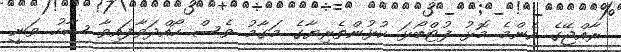
ރާއްޖޭގެ އެންމެ މޮޅު ފުޓްބޯޅަ ކުޅުންތެރިޔާގެ މަގާމު ވެސް ހޯއްދަވާފައިވާ ޝާހު ވަނީ